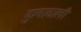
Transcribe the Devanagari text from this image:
कुनादाली